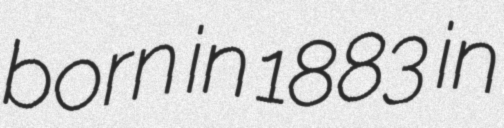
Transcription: born in 1883 in